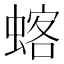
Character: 𫋍